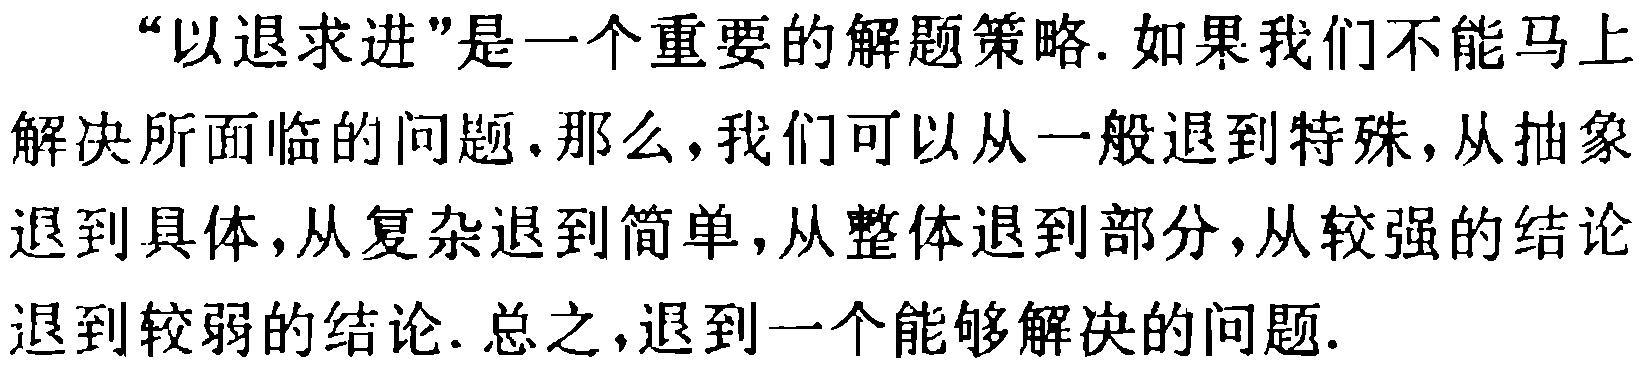
“以退求进”是一个重要的解题策略. 如果我们不能马上解决所面临的问题，那么，我们可以从一般退到特殊，从抽象退到具体，从复杂退到简单，从整体退到部分，从较强的结论退到较弱的结论. 总之，退到一个能够解决的问题.